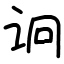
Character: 诇